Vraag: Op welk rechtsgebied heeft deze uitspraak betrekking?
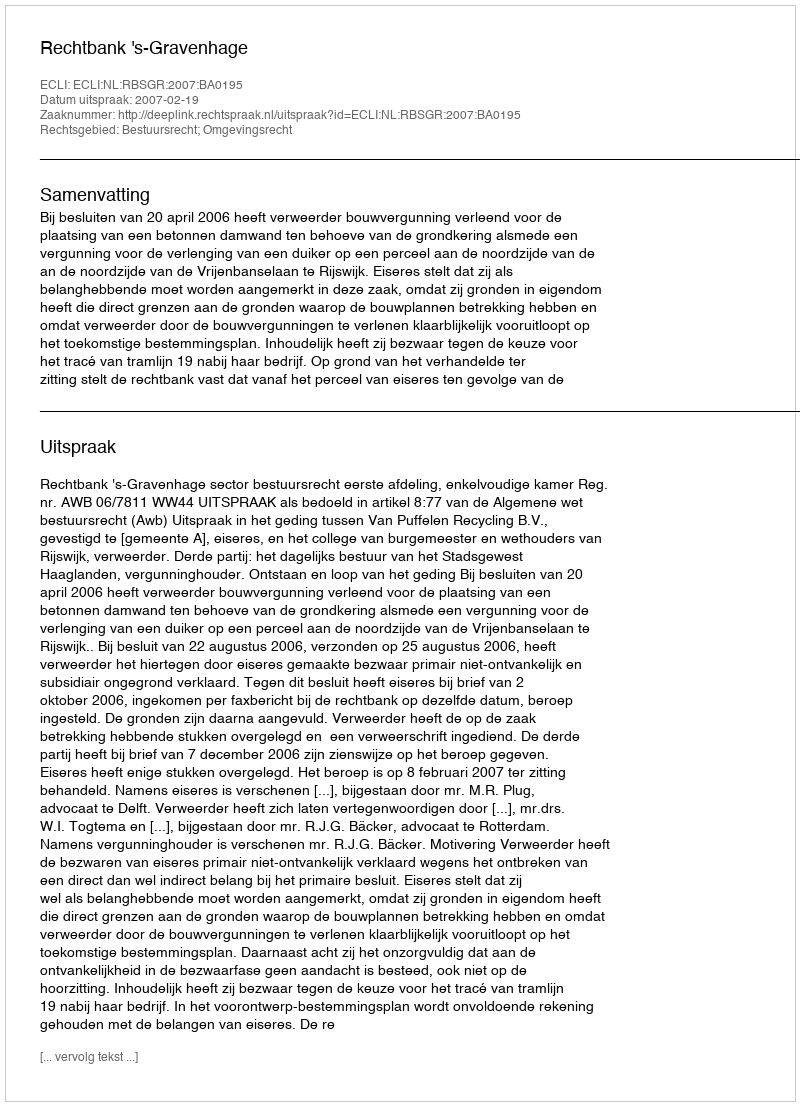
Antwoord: Bestuursrecht; Omgevingsrecht